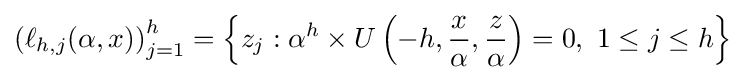
\left(\ell _{h,j}(\alpha ,x)\right)_{j=1}^{h}=\left\{z_{j}:\alpha ^{h}\times U\left(-h,{\frac {x}{\alpha }},{\frac {z}{\alpha }}\right)=0,\ 1\leq j\leq h\right\}